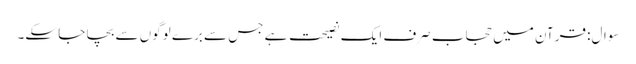
سوال: قرآن میں حجاب صرف ایک نصیحت ہے جس سے برے لوگوں سے بچا جا سکے۔